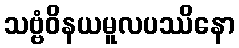
သဗ္ဗံဝိနယမူလပဿိနော